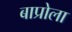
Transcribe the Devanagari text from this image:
बाप्रोला